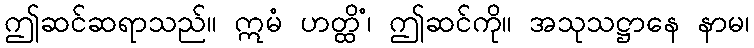
ဤဆင်ဆရာသည်။ ဣမံ ဟတ္ထိံ၊ ဤဆင်ကို။ အသုသဋ္ဌာနေ နာမ၊